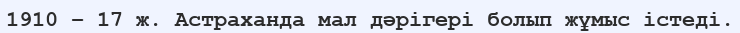
1910 – 17 ж. Астраханда мал дәрігері болып жұмыс істеді.